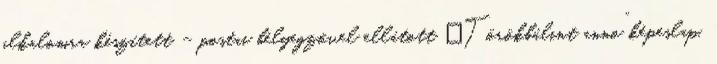
alkalomra készített – postai bélyegzővel ellátott „Törökbálint anno” képeslap,